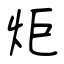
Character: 炬